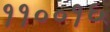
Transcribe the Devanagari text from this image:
११००१६